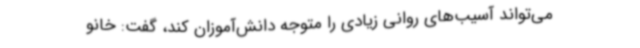
می‌تواند آسیب‌های روانی زیادی را متوجه دانش‌آموزان کند، گفت: خانو